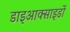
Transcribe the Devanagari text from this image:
डाइआक्साइडों